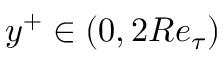
y ^ { + } \in ( 0 , 2 R e _ { \tau } )